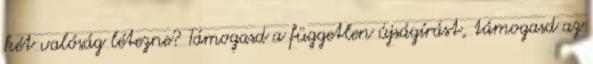
két valóság létezne? Támogasd a független újságírást, támogasd az